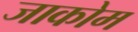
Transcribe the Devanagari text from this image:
जाकोम